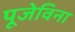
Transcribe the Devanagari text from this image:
पूजेविना